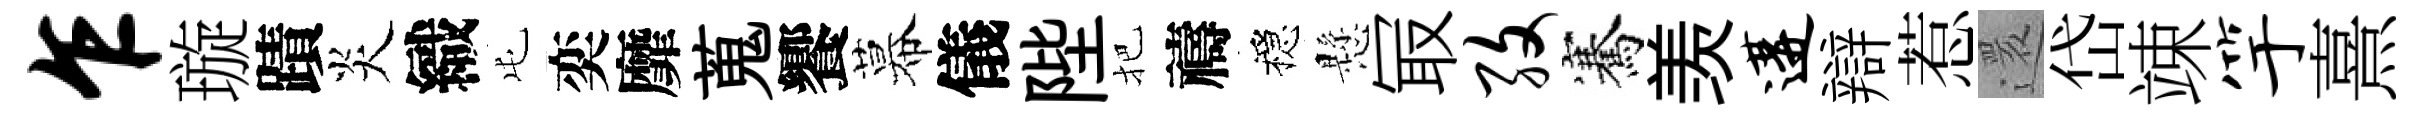
乍璇蹟炎織屯奕靡蒐饗幕儀陛把禱穩懸冣孜騫羡遘辯惹還岱竦竽熹